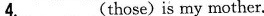
4.\underline (those)is my mother.